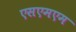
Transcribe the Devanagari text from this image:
एसएमएम